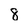
Character: 8